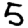
Digit: 5